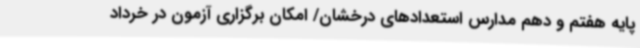
پایه هفتم و دهم مدارس استعدادهای درخشان/ امکان برگزاری آزمون در خرداد